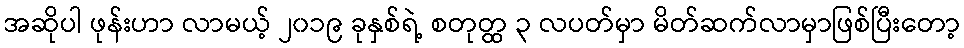
အဆိုပါ ဖုန်းဟာ လာမယ့် ၂၀၁၉ ခုနှစ်ရဲ့ စတုတ္ထ ၃ လပတ်မှာ မိတ်ဆက်လာမှာဖြစ်ပြီးတော့